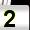
Digit: 2